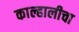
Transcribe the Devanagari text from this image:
काल्हालीचा